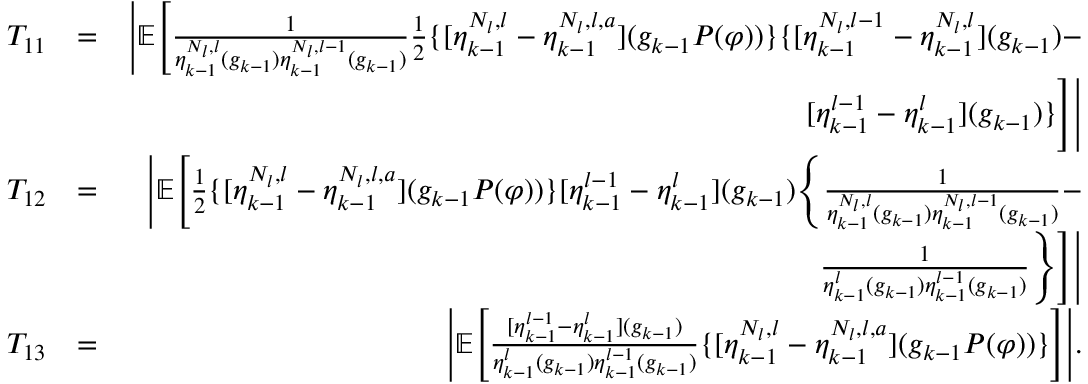
\begin{array} { r l r } { T _ { 1 1 } } & { = } & { \Bigg | \mathbb { E } \Bigg [ \frac { 1 } { \eta _ { k - 1 } ^ { N _ { l } , l } ( g _ { k - 1 } ) \eta _ { k - 1 } ^ { N _ { l } , l - 1 } ( g _ { k - 1 } ) } \frac { 1 } { 2 } \{ [ \eta _ { k - 1 } ^ { N _ { l } , l } - \eta _ { k - 1 } ^ { N _ { l } , l , a } ] ( g _ { k - 1 } P ( \varphi ) ) \} \{ [ \eta _ { k - 1 } ^ { N _ { l } , l - 1 } - \eta _ { k - 1 } ^ { N _ { l } , l } ] ( g _ { k - 1 } ) - } \\ & { } & { [ \eta _ { k - 1 } ^ { l - 1 } - \eta _ { k - 1 } ^ { l } ] ( g _ { k - 1 } ) \} \Bigg ] \Bigg | } \\ { T _ { 1 2 } } & { = } & { \Bigg | \mathbb { E } \Bigg [ \frac { 1 } { 2 } \{ [ \eta _ { k - 1 } ^ { N _ { l } , l } - \eta _ { k - 1 } ^ { N _ { l } , l , a } ] ( g _ { k - 1 } P ( \varphi ) ) \} [ \eta _ { k - 1 } ^ { l - 1 } - \eta _ { k - 1 } ^ { l } ] ( g _ { k - 1 } ) \Bigg \{ \frac { 1 } { \eta _ { k - 1 } ^ { N _ { l } , l } ( g _ { k - 1 } ) \eta _ { k - 1 } ^ { N _ { l } , l - 1 } ( g _ { k - 1 } ) } - } \\ & { } & { \frac { 1 } { \eta _ { k - 1 } ^ { l } ( g _ { k - 1 } ) \eta _ { k - 1 } ^ { l - 1 } ( g _ { k - 1 } ) } \Bigg \} \Bigg ] \Bigg | } \\ { T _ { 1 3 } } & { = } & { \Bigg | \mathbb { E } \Bigg [ \frac { [ \eta _ { k - 1 } ^ { l - 1 } - \eta _ { k - 1 } ^ { l } ] ( g _ { k - 1 } ) } { \eta _ { k - 1 } ^ { l } ( g _ { k - 1 } ) \eta _ { k - 1 } ^ { l - 1 } ( g _ { k - 1 } ) } \{ [ \eta _ { k - 1 } ^ { N _ { l } , l } - \eta _ { k - 1 } ^ { N _ { l } , l , a } ] ( g _ { k - 1 } P ( \varphi ) ) \} \Bigg ] \Bigg | . } \end{array}